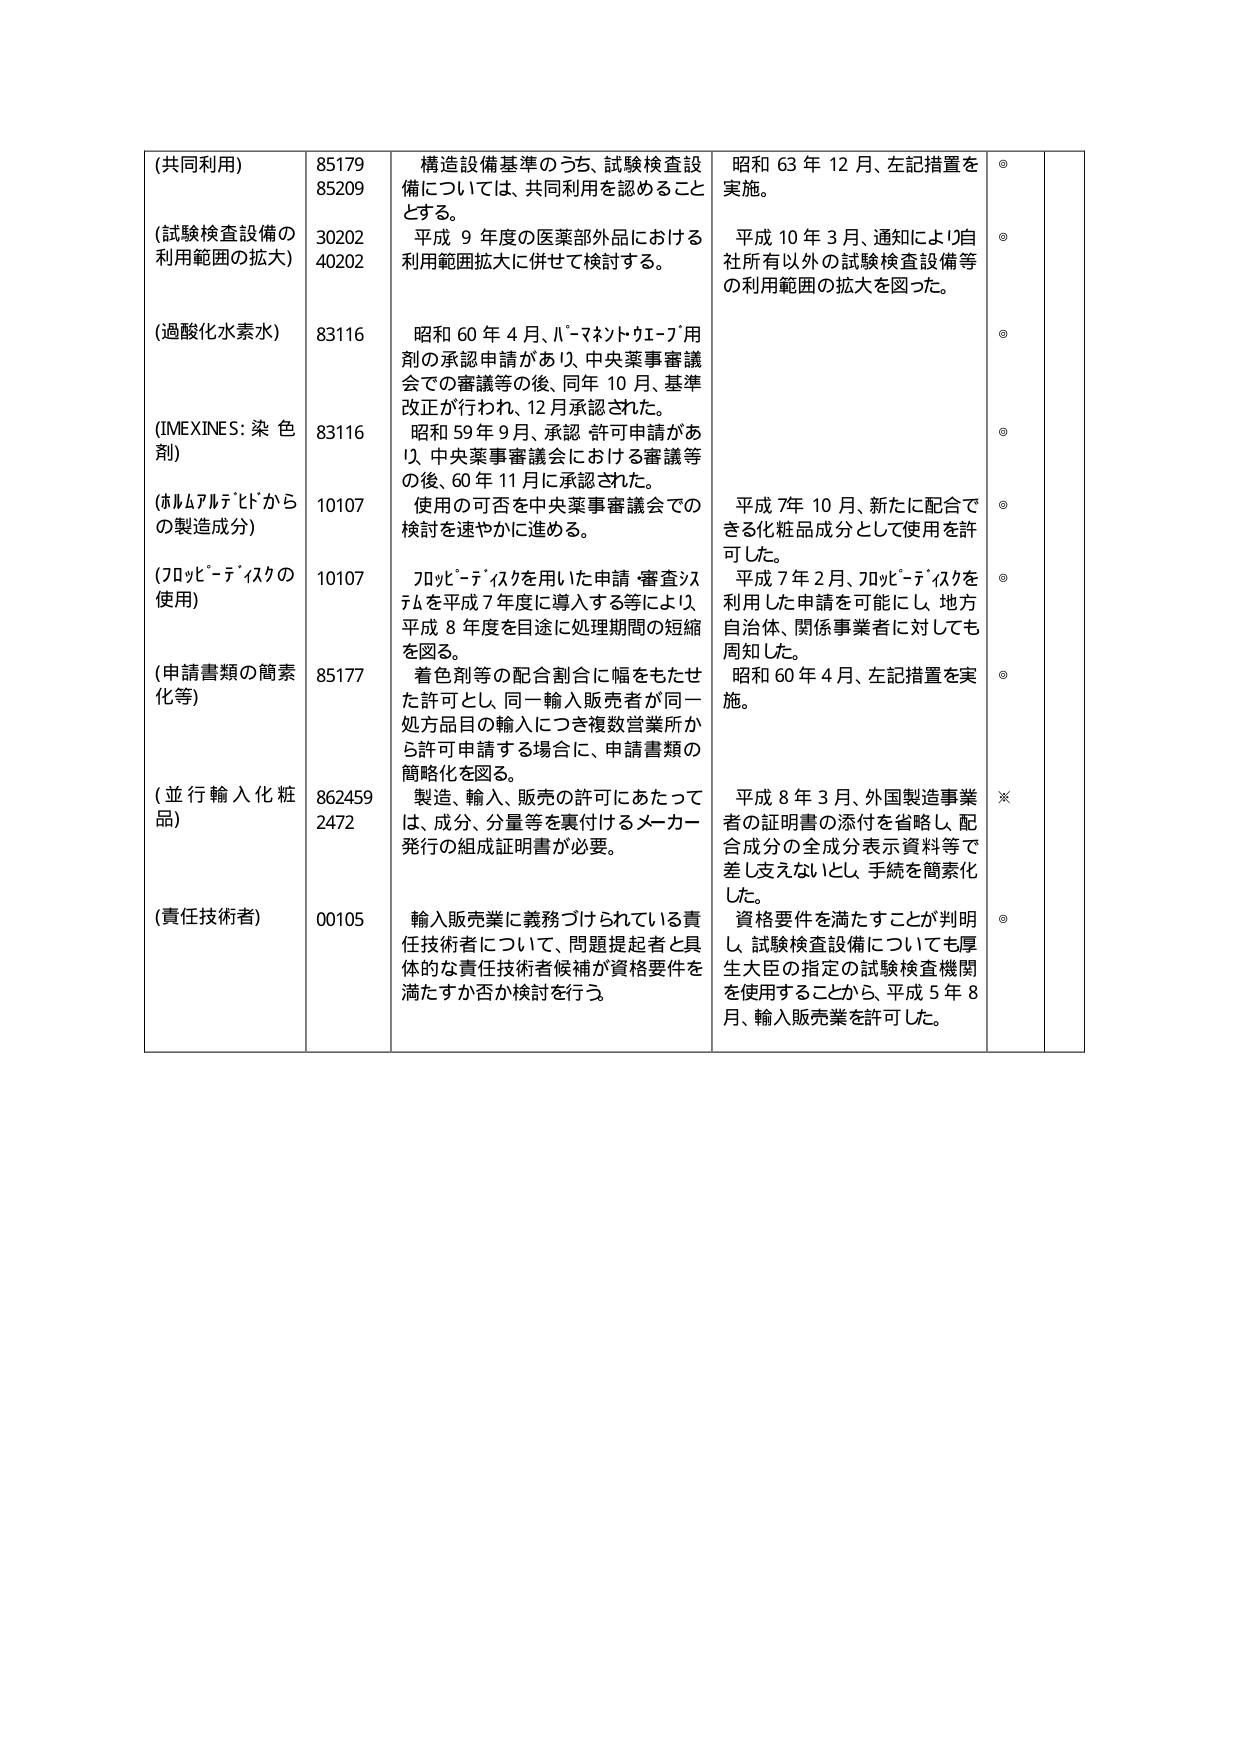
(共同利用)
85179
85209
構造設備基準のうち、試験検査設備については、共同利用を認めることとする。
昭和63年12月、左記措置を実施。
◎

(試験検査設備の利用範囲の拡大)
30202
40202
平成9年度の医薬部外品における利用範囲拡大に併せて検討する。
平成10年3月、通知により自社所有以外の試験検査設備等の利用範囲の拡大を図った。
◎

(過酸化水素水)
83116
昭和60年4月、ハーマネットウエーブ用剤の承認申請があり、中央薬事審議会での審議等の後、同年10月、基準改正が行われ、12月承認された。
◎

(IMEXINES: 染色剤)
83116
昭和59年9月、承認許可申請があり、中央薬事審議会における審議等の後、60年11月に承認された。
◎

(ホルムアルデヒドからの製造成分)
10107
使用の可否を中央薬事審議会での検討を速やかに進める。
平成7年10月、新たに配合できる化粧品成分として使用を許可した。
◎

(フロッピーディスクの使用)
10107
フロッピーディスクを用いた申請・審査システムを平成7年度に導入する等により、平成8年度を目途に処理期間の短縮を図る。
平成7年2月、フロッピーディスクを利用した申請を可能にし、地方自治体、関係事業者に対しても周知した。
◎

(申請書類の簡素化等)
85177
着色剤等の配合割合に幅をもたせた許可とし、同一輸入販売者が同一処方品目の輸入につき複数営業所から許可申請する場合に、申請書類の簡略化を図る。
昭和60年4月、左記措置を実施。
◎

(並行輸入化粧品)
862459
2472
製造、輸入、販売の許可にあたっては、成分、分量等を裏付けるメーカー発行の組成証明書が必要。
平成8年3月、外国製造事業者の証明書の添付を省略し、配合成分の全成分表示資料等で差し支えないとし、手続を簡素化した。
※

(責任技術者)
00105
輸入販売業に義務づけられている責任技術者について、問題提起者と具体的な責任技術者候補が資格要件を満たすか否か検討を行う。
資格要件を満たすことが判明し、試験検査設備についても厚生大臣の指定の試験検査機関を使用することから、平成5年8月、輸入販売業を許可した。
◎